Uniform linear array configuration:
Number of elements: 4
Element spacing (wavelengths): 0.75
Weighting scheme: kaiser
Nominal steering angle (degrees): -60
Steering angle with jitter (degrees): -60.505
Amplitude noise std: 0.05
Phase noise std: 0.05

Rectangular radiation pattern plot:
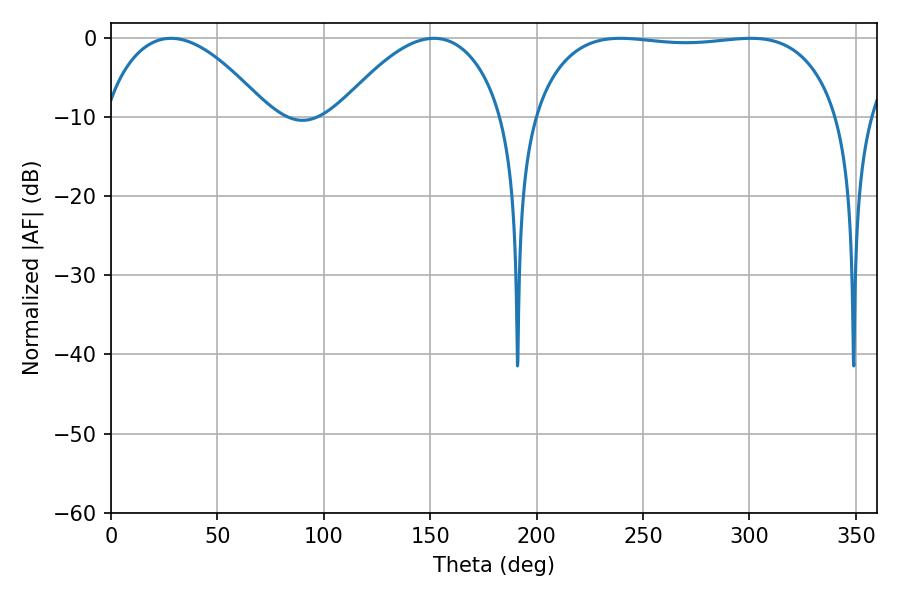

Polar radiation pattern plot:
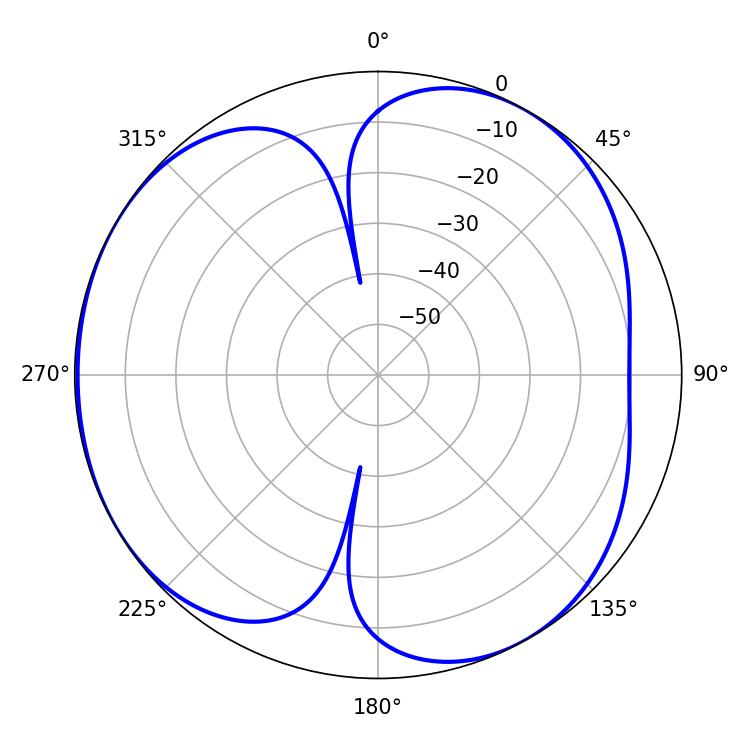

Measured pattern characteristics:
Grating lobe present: TRUE
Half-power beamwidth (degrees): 114.12
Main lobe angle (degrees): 239.4